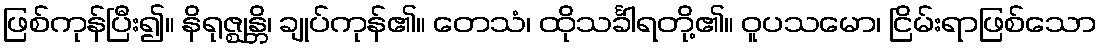
ဖြစ်ကုန်ပြီး၍။ နိရုဇ္ဈန္တိ၊ ချုပ်ကုန်၏။ တေသံ၊ ထိုသင်္ခါရတို့၏။ ဝူပသမော၊ ငြိမ်းရာဖြစ်သော